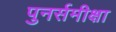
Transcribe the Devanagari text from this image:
पुनर्समीक्षा